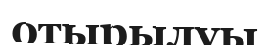
отырылуы